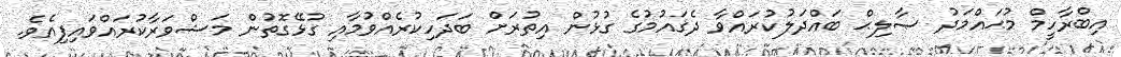
އިބްރާހީމް މުޙައްމަދު ޞާލިޙް ބައްދަލުކުރައްވާ ދެޤައުމުގެ ގުޅުން އިތުރަށް ބަދަހިކުރެއްވުމާއި ގުޅޭގޮތުން މަޝްވަރާކުރައްވައިފިއެވެ.